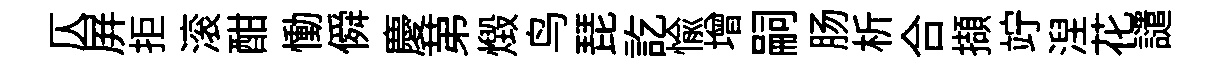
仄屏拒滚酣慟僢慶苐燬鸟琵訖愉增嗣肠析合擷竚湼花譴